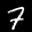
Label: 7